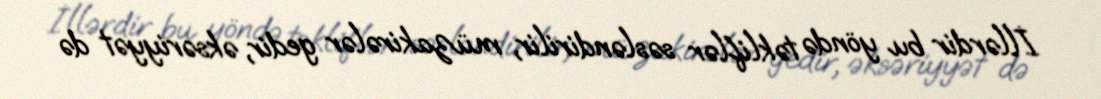
İllərdir bu yöndə təkliflər səsləndirilir, müzakirələr gedir, əksəriyyət də